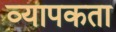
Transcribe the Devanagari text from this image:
व्‍यापकता